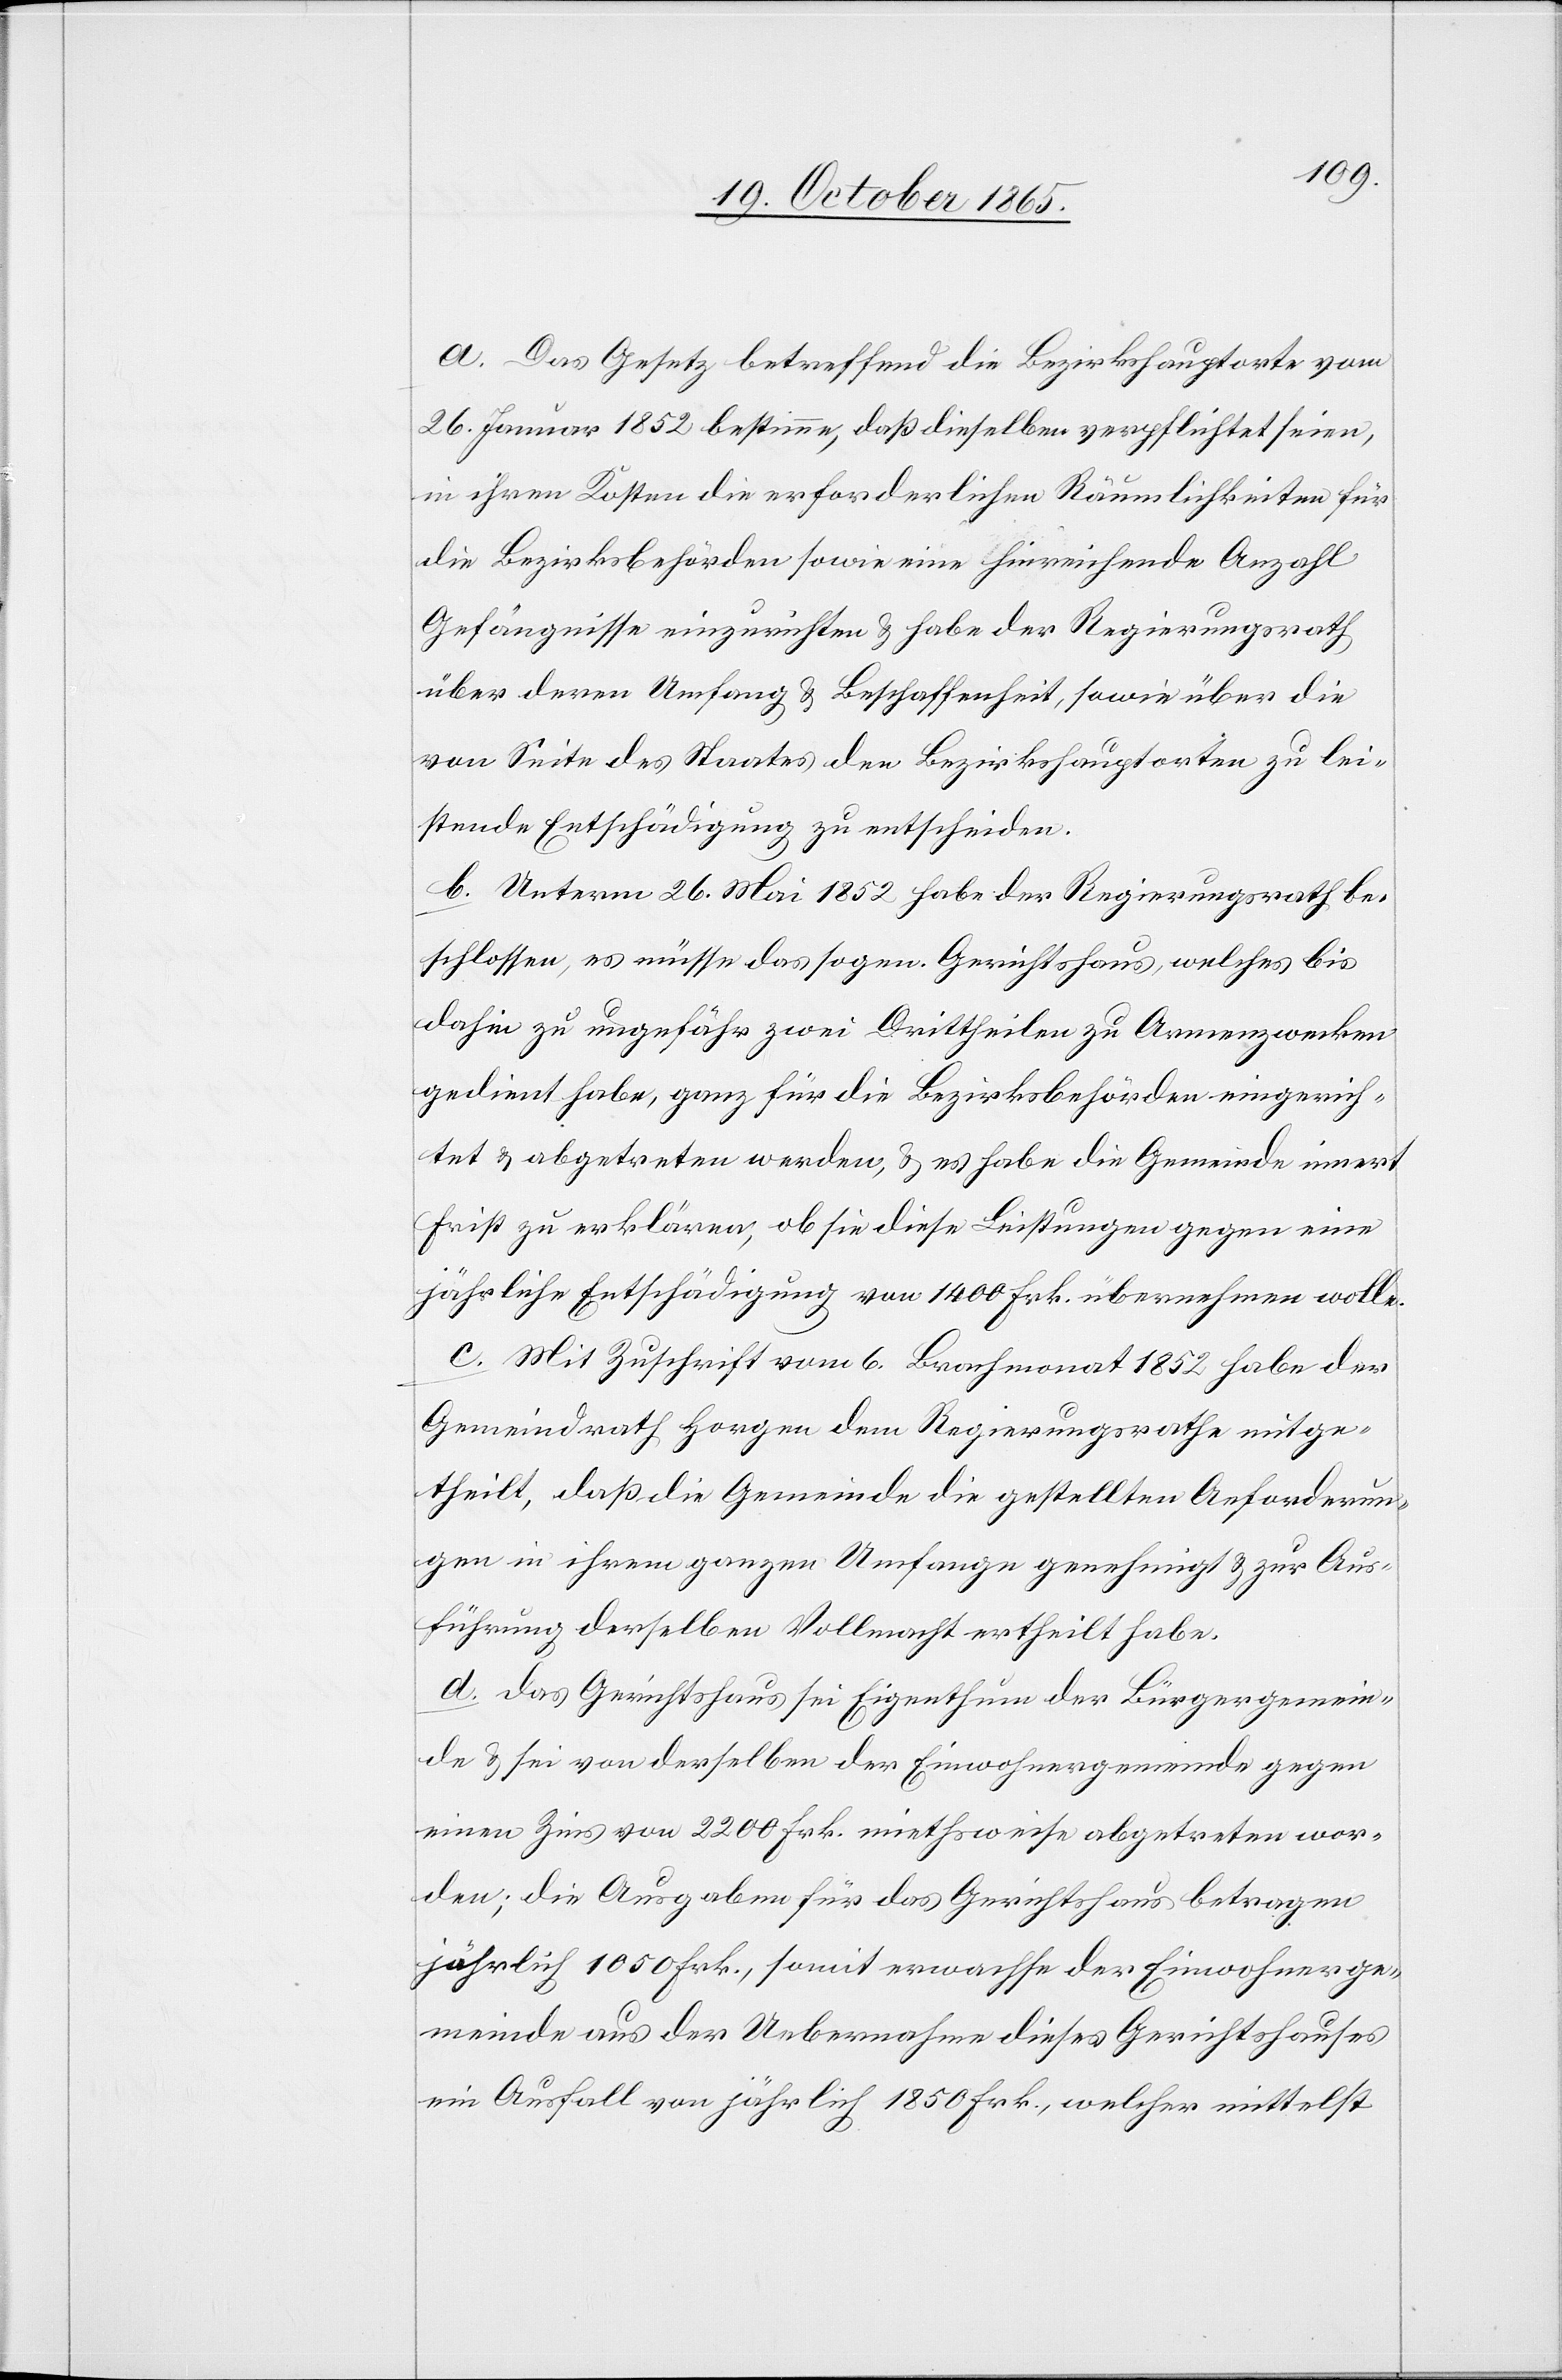
a. Das Gesetz betreffend die Bezirkshauptorte vom
26. Januar 1852 bestimme, daß dieselben verpflichtet seien,
in ihren Kosten die erforderlichen Räumlichkeiten für
die Bezirksbehörden sowie eine hinreichende Anzahl
Gefängnisse einzurichten & habe der Regierungsrath
über deren Umfang & Beschaffenheit, sowie über die
von Seite des Staates den Bezirkshauptorten zu lei¬
stende Entschädigung zu entscheiden.
b. Unterm 26. Mai 1852 habe der Regierungsrath be¬
schlossen, es müsse das sogen. Gerichtshaus, welches bis
dahin zu ungefähr zwei Drittheilen zu Armenzwecken
gedient habe, ganz für die Bezirksbehörden eingerich¬
tet & abgetreten werden, & es habe die Gemeinde innert
Frist zu erklären, ob sie diese Leistungen gegen eine
jährliche Entschädigung von 1400 Frk. übernehmen wolle.
c. Mit Zuschrift vom 6. Brachmonat 1852 habe der
Gemeindrath Horgen dem Regierungsrathe mitge¬
theilt, daß die Gemeinde die gestellten Anforderun¬
gen in ihrem ganzen Umfange genehmigt & zur Aus¬
führung derselben Vollmacht ertheilt habe.
d. Das Gerichtshaus sei Eigenthum der Bürgergemein¬
de & sei von derselben der Einwohnergemeinde gegen
einen Zins von 2200 Frk. miethsweise abgetreten wor¬
den; die Ausgaben für das Gerichtshaus betragen
jährlich 1050 Frk., somit erwachse der Einwohnerge¬
meinde aus der Uebernahme dieses Gerichtshauses
ein Ausfall von jährlich 1850 Frk., welcher mittelst